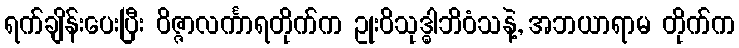
ရက်ချိန်းပေးပြီး ဝိဇ္ဇာလင်္ကာရတိုက်က ဥုးဝိသုဒ္ဓါဘိဝံသနဲ့, အဘယာရာမ တိုက်က